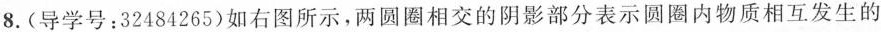
8.(导学号：32484265)如右图所示，两圆圈相交的阴影部分表示圆圈内物质相互发生的